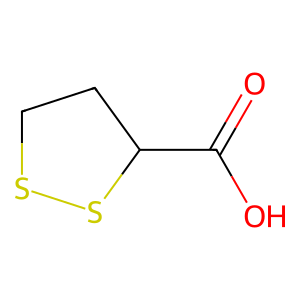
SMILES: O=C(O)C1CCSS1
Inhibits HIV replication: No